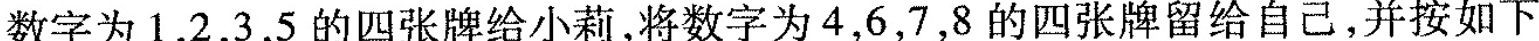
数字为1，2，3，5的四张牌给小莉，将数字为4，6，7，8的四张牌留给自己，并按如下